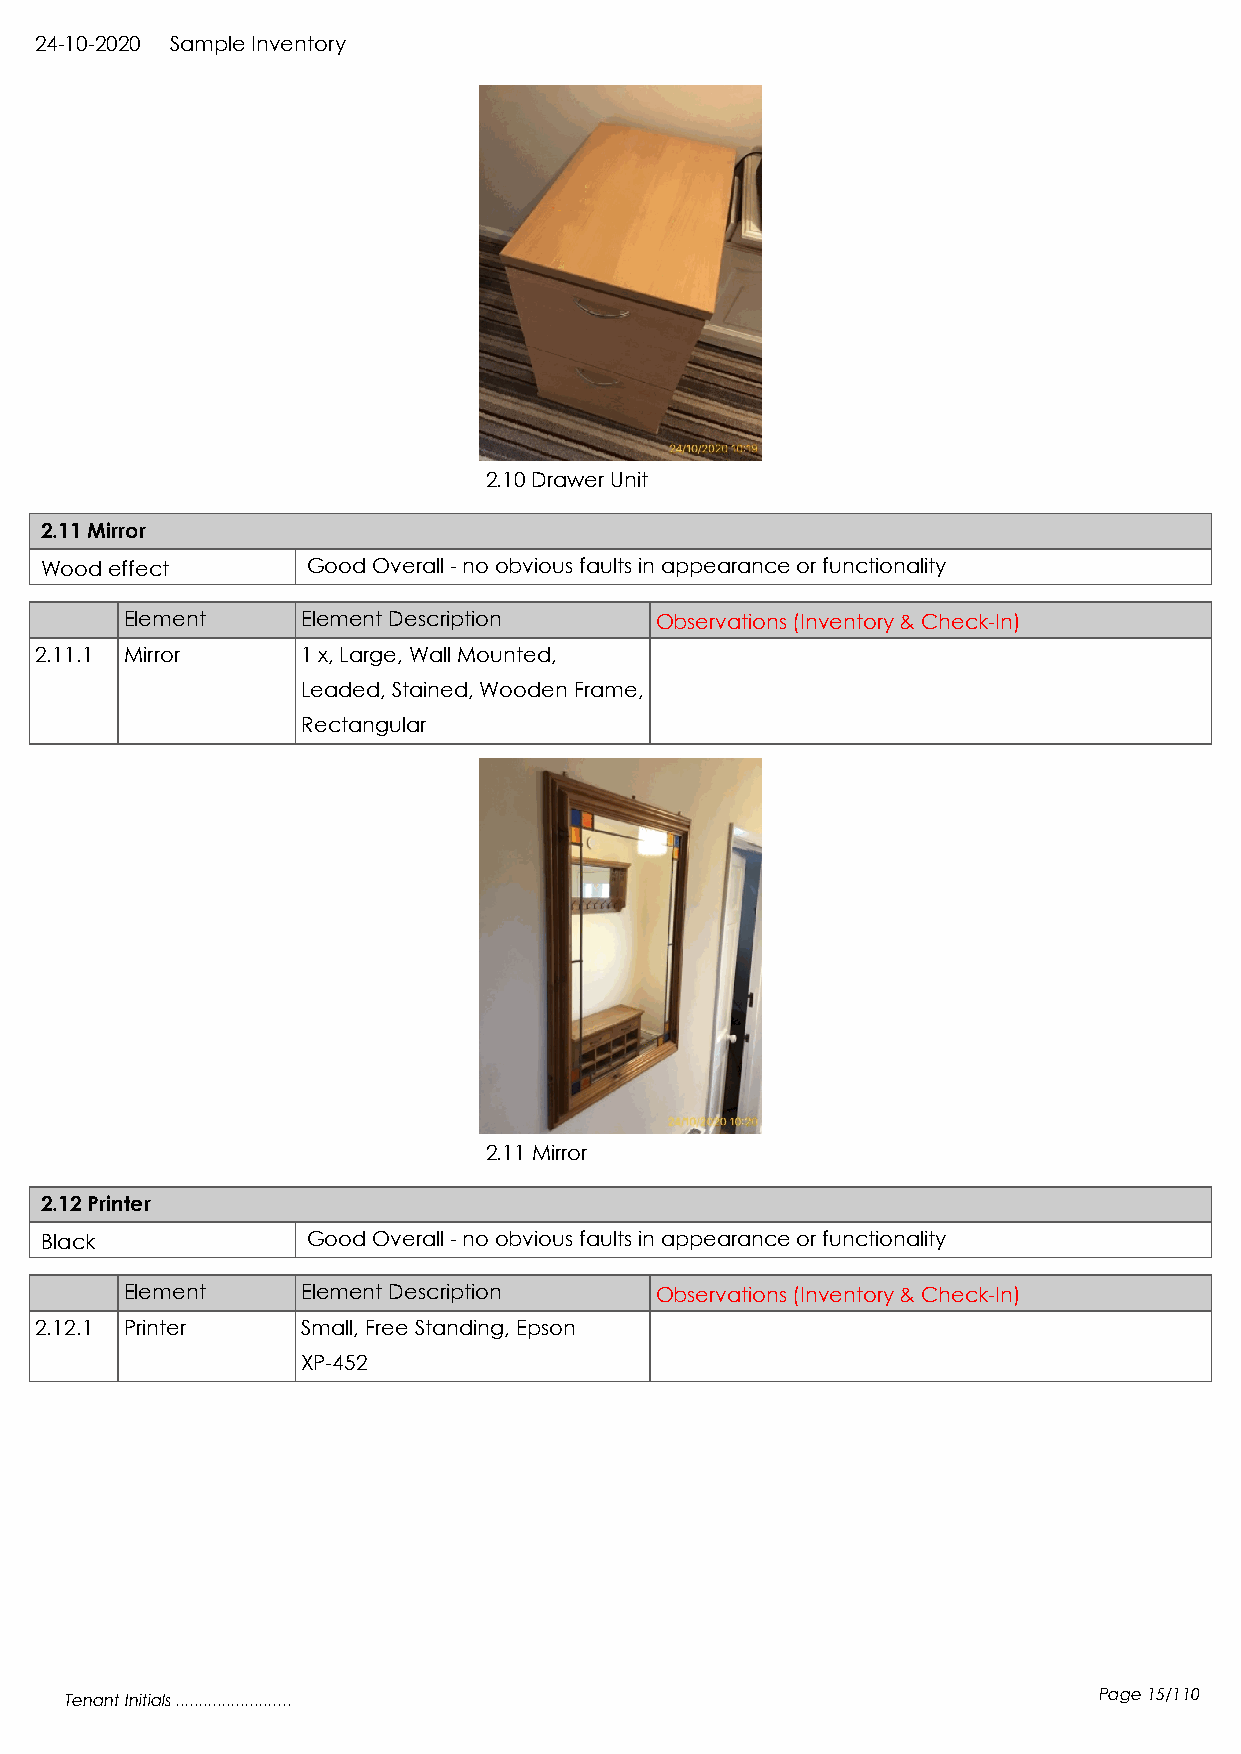
24-10-2020 Sample Inventory
 2.10 Drawer Unit
 2.11 Mirror
 Wood effect      Good Overall - no obvious faults in appearance or functionality
 Element     Element Description    Observations (Inventory & Check-In)
 2.11.1 Mirror     1 x, Large, Wall Mounted,
 Leaded, Stained, Wooden Frame,
 Rectangular
 2.11 Mirror
 2.12 Printer
 Black            Good Overall - no obvious faults in appearance or functionality
 Element     Element Description    Observations (Inventory & Check-In)
 2.12.1 Printer    Small, Free Standing, Epson
 XP-452
 Tenant Initials .........................                            Page 15/110